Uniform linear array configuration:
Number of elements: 48
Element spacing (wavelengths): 0.75
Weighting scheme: hann
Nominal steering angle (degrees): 15
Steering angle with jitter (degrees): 13.102
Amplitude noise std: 0.05
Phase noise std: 0.05

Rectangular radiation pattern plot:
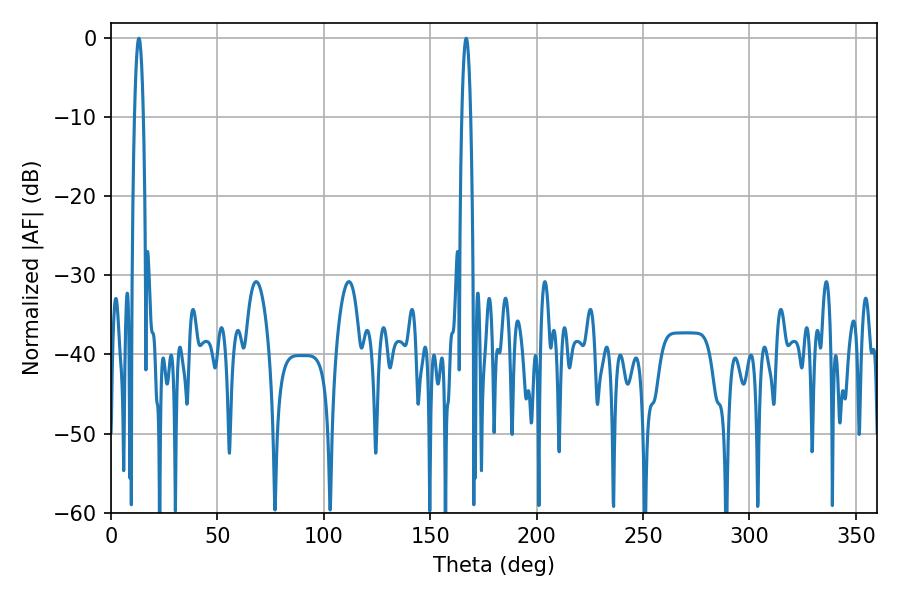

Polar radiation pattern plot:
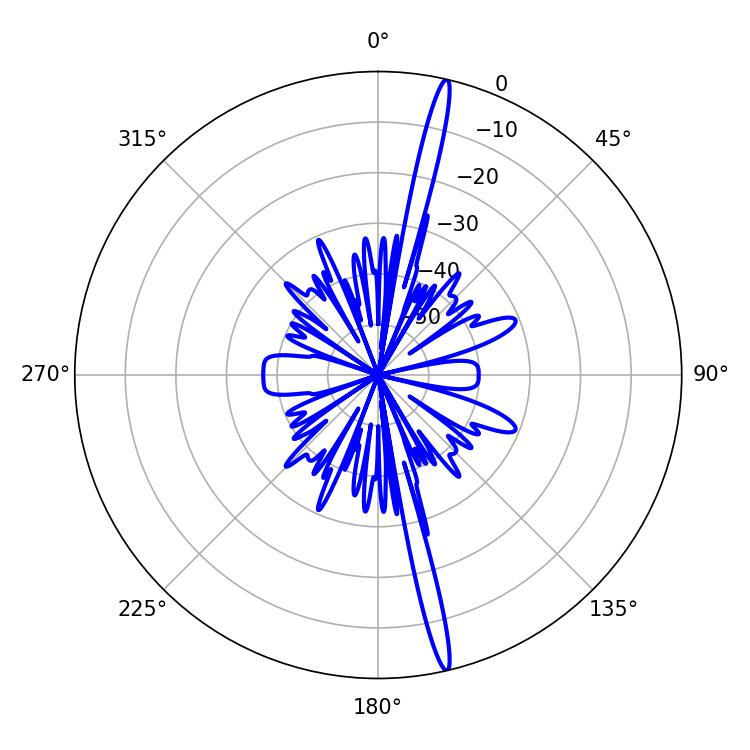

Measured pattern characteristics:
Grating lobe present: TRUE
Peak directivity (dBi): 20.007
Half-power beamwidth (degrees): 2.16
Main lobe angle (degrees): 13.14